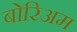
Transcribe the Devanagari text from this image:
बोरिअम